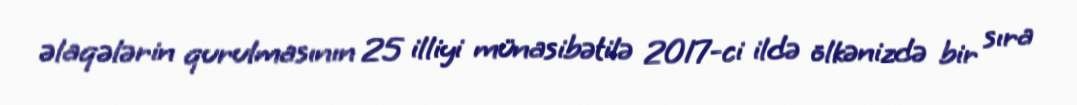
əlaqələrin qurulmasının 25 illiyi münasibətilə 2017-ci ildə ölkənizdə bir sıra